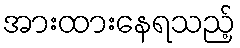
အားထားနေရသည့်